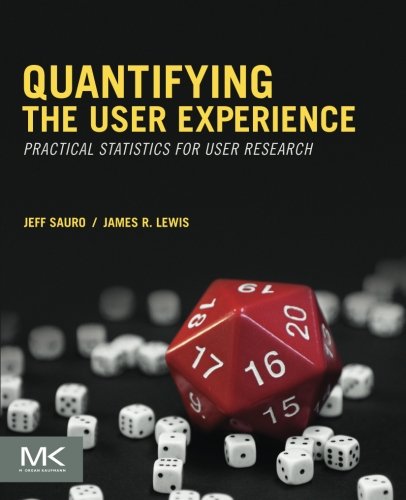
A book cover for Quantifying the User Experience: Practical Statistics for User Research; Jeff Sauro; Computers & Technology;